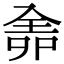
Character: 𠓳